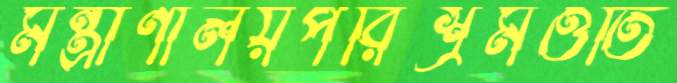
মন্ত্রাণালয়পরিশ্রমওতি